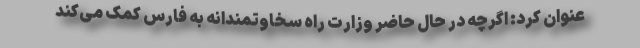
عنوان کرد: اگرچه در حال حاضر وزارت راه سخاوتمندانه به فارس کمک می‌کند